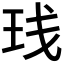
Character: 𬍙